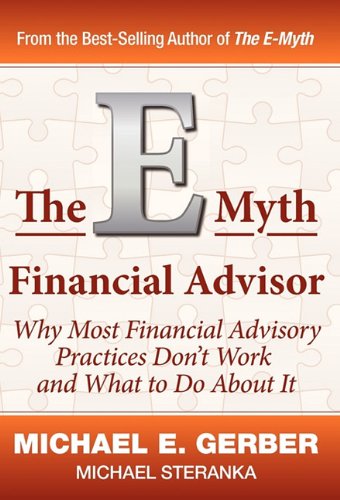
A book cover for The E-Myth Financial Advisor (E-Myth Expert); Michael E. Gerber; Business & Money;